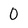
Character: 0